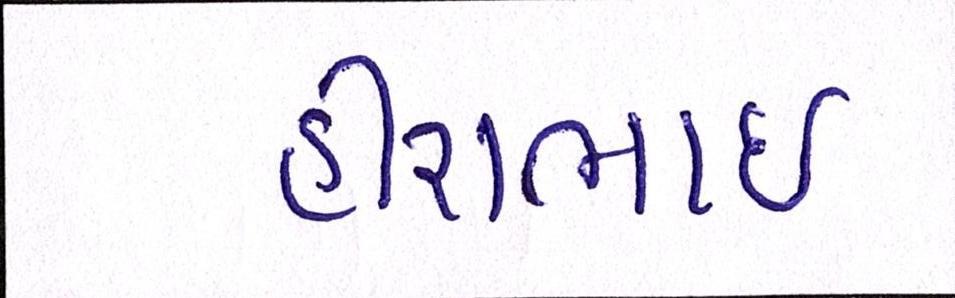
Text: હીરાભાઇ